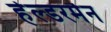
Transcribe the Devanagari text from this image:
हेल्डरमैन